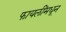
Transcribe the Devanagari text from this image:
फायलींमधून